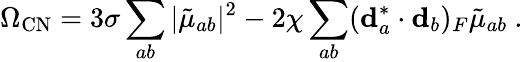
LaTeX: \Omega_{\mathrm{CN}}=3\sigma\sum_{ab}|{\tilde{\mu}}_{ab}|^{2}-2\chi\sum_{ab}({\mathbf d}_{a}^{*}\cdot{\mathbf d}_{b})_{F}{\tilde{\mu}}_{ab}\ .